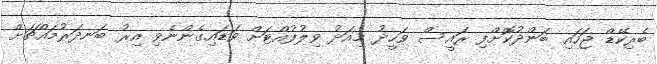
ބެރިކޭޑް ޖަހައި ބަންދުކޮށްފި ރައީސް ވަހީދު މިއަދު ވިލުފުއްޓަށް ވަޑައިގެންނެވި އިރު ބަނދަރުމައްޗަށް